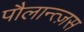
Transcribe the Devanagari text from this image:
पौलान्त्ज़स